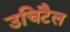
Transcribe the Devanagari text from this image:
उचिटैल